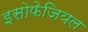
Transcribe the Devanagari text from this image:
इसोफेजियल